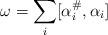
LaTeX: \begin{align*} \omega = \sum_i [\alpha_i^\#, \alpha_i]\end{align*}